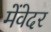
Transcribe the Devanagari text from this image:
मेंवेदर